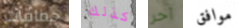
حماقات كذلك آخر موافق